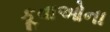
કૂવાઓના